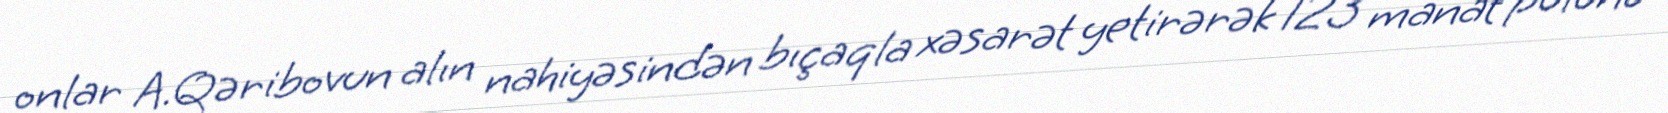
onlar A.Qəribovun alın nahiyəsindən bıçaqla xəsarət yetirərək 123 manat pulunu